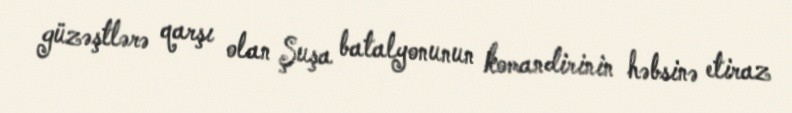
güzəştlərə qarşı olan Şuşa batalyonunun komandirinin həbsinə etiraz